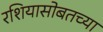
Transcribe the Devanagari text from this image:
रशियासोबतच्या